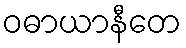
ဝဓာယာနီတေ